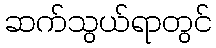
ဆက်သွယ်ရာတွင်